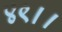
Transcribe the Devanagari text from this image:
४९।।